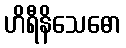
ဟိရီနိသေဓော